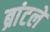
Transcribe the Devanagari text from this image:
ब्रांटले